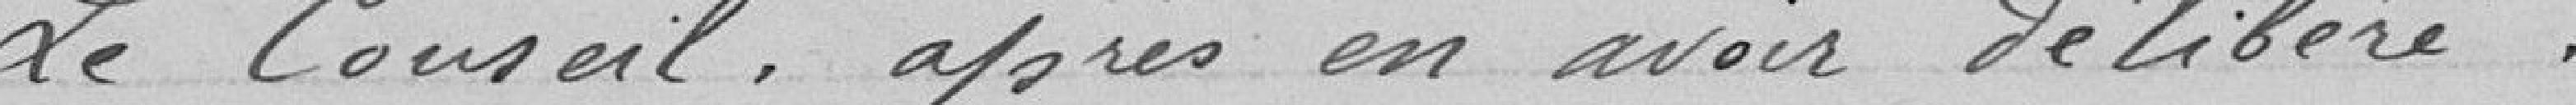
Le Conseil, après en avoir délibéré :